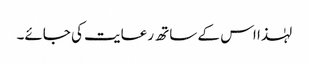
لہٰذا اس کے ساتھ رعایت کی جائے۔